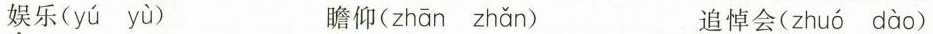
娱乐( yú yù ) 瞻仰( zhān zhǎn ) 追悼会( zhuó dào )